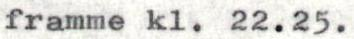
framme kl. 22.25.